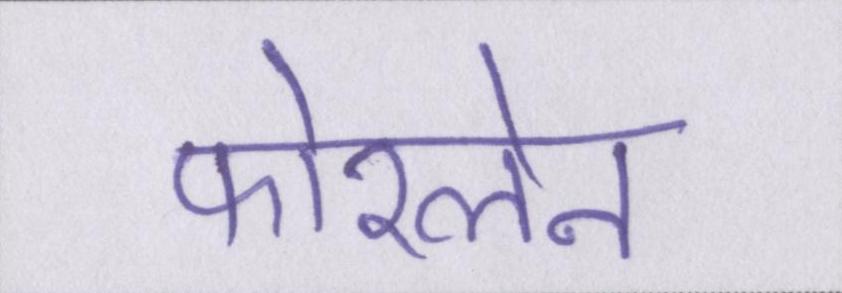
फोरलेन